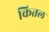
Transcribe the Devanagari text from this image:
कितल